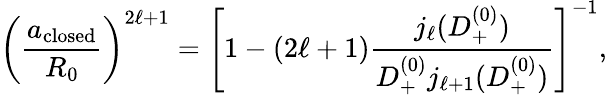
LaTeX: \left(\frac{a_{\mathrm{closed}}}{R_{0}}\right)^{2\ell+1}=\left[1-(2\ell+1)\frac{j_{\ell}(D_{+}^{(0)})}{D_{+}^{(0)}j_{\ell+1}(D_{+}^{(0)})}\right]^{-1},